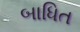
બાધિત